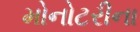
મોનોટરીના